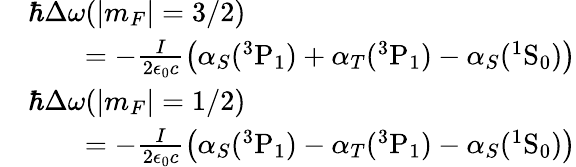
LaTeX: \begin{array}{rl}&{\hbar\Delta\omega(|m_{F}|=3/2)}\\ &{\quad\quad=-\frac{I}{2\epsilon_{0}c}\left(\alpha_{S}(^{3}\mathrm{P}_{1})+\alpha_{T}(^{3}\mathrm{P}_{1})-\alpha_{S}(^{1}\mathrm{S}_{0})\right)}\\ &{\hbar\Delta\omega(|m_{F}|=1/2)}\\ &{\quad\quad=-\frac{I}{2\epsilon_{0}c}\left(\alpha_{S}(^{3}\mathrm{P}_{1})-\alpha_{T}(^{3}\mathrm{P}_{1})-\alpha_{S}(^{1}\mathrm{S}_{0})\right)}\end{array}